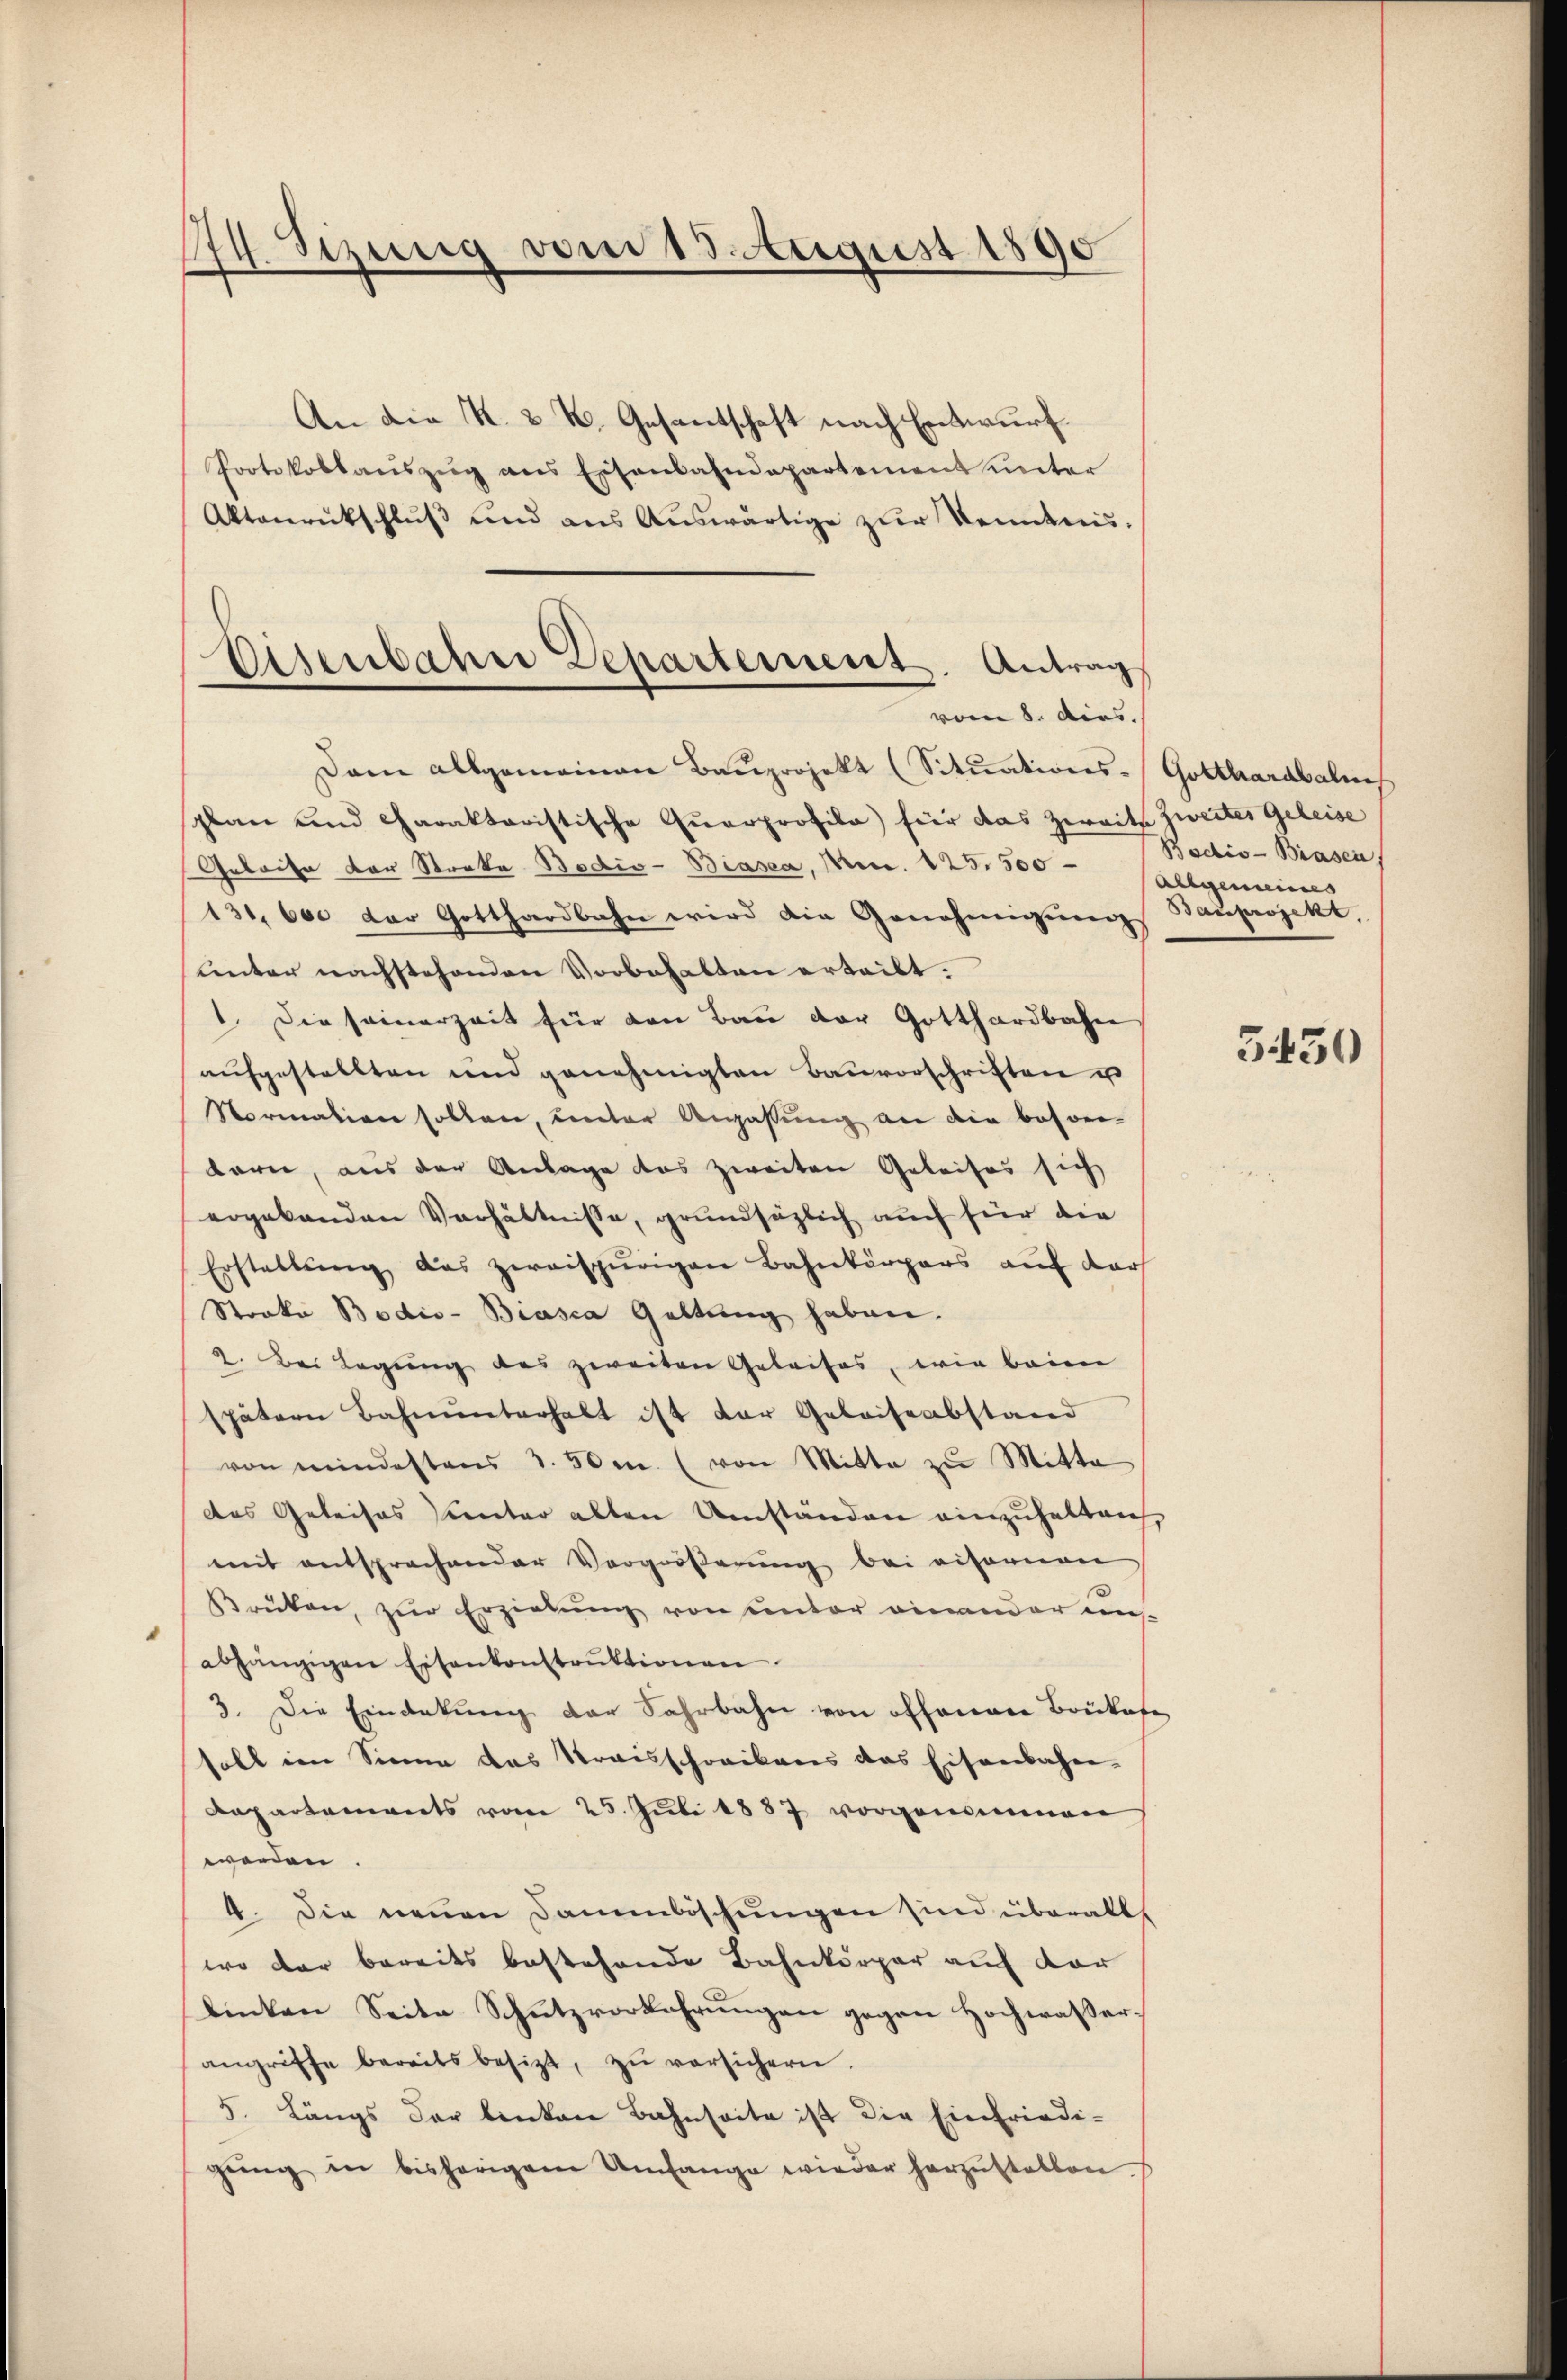
174. Sizung vom 13. August 1890

An die K. 2 K. Gesantschaft nach Entwurf.
Protokollaŭszŭg ans Eisenbahndepartement unter
Aktenrückschluß und aus Auswärtige zur Kenntnis.
Dam allgemeinen Bauprojekt (Situations-Gotthardbahne
plan und charaktoristische Quarprofila) für das Zweite zweites Geleise
Geleite der Stocke Bedio-Biasca, Mad. 125. 500
131. 600 der Gotthardbahn wird die Genehmigungs
unter nachstehenden Vorbehalten erteilt.
1. Die seinerzeit für den Bau der Gotthardbahn
aufgestellten und genehmigten Bauvorschriften u
Normation sollen, unter Anpassung an die beson-
barn, aus der Anlage das zweiten Geleises sich
ergebenden Verhältnisse, grundsätzlich auch für die
Erstellŭng das zweispurigen Bahnkörpers auf dar
Strako Bodis-Biasca Geltung haben.
2. Bei Legung des zweiten Geleises, wie beim
spätern Bahnunterhalt ist der Geleiseabstand
von mindestens 3. 50 m. (von Mitte zu Mitta
das Geleises unter alten Umständen einzuhalten,
mit entsprochender Vergrößerung bei eifernen
Brüken, zur Erziehung von unter einander einabhängigen Eisenkonstrŭktionen.
3. Die Eindekŭng der Fahrbahn von offenen Brückes
soll im Sinne das Kraisschreibens das Eisenbahn-
Dapartements vom 25. Juli 1887 vorgenommen
worden
4. Die neuen Dammböschungen sind überalls
wo der bereits bestehende Bahnkörper auf der
linken Seite Schutzvorkahrŭngen gegen Hochwasser.
angriffe bereitsbesizt, zŭ versichern.
5. Längs der linken Bahnseite ist die Einfriedi-
gŭng in bisherigem Umfange wieder herzŭstellen.

Eisenbahre Departement. Antrag
vom 8. ders.

Bacis-Brasen
Allgemeines
Bauprojekt.

5430